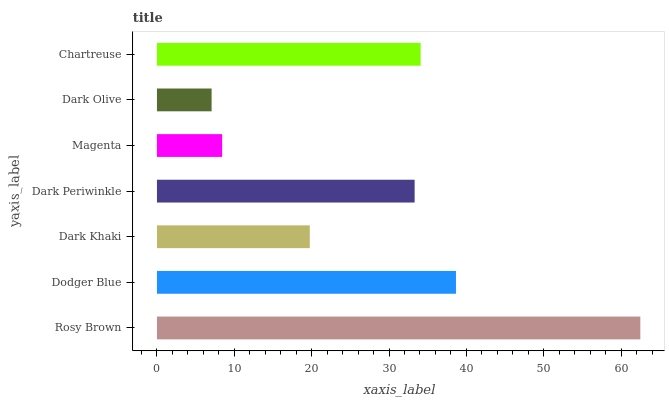
| yaxis_label | bars |
 | --- | --- |
 | Rosy Brown | 62.5 |
 | Dodger Blue | 38.7 |
 | Dark Khaki | 19.8 |
 | Dark Periwinkle | 33.3 |
 | Magenta | 8.43 |
 | Dark Olive | 7.07 |
 | Chartreuse | 34.1 |